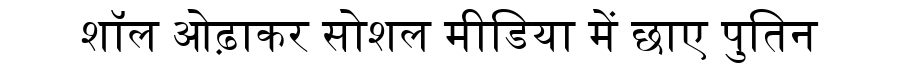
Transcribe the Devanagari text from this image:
शॉल ओढ़ाकर सोशल मीडिया में छाए पुतिन